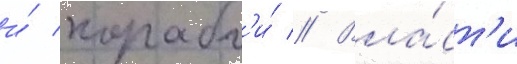
и́ корабл'и́ // Вла́ст'и